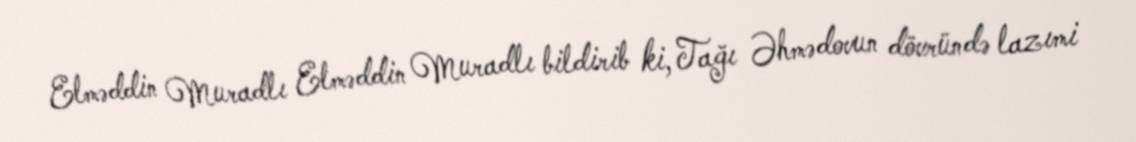
Elməddin Muradlı Elməddin Muradlı bildirib ki, Tağı Əhmədovun dövründə lazımi